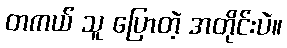
တကယ် သူ ပြောတဲ့ အတိုင်းပဲ။